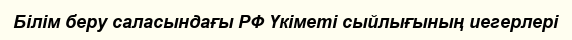
Білім беру саласындағы РФ Үкіметі сыйлығының иегерлері